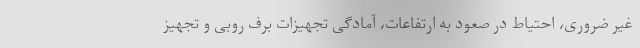
غیر ضروری، احتیاط در صعود به ارتفاعات، آمادگی تجهیزات برف روبی و تجهیز